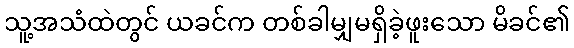
သူ့အသံထဲတွင် ယခင်က တစ်ခါမျှမရှိခဲ့ဖူးသော မိခင်၏